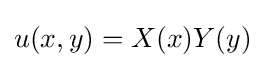
u(x,y)=X(x)Y(y)